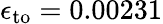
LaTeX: \epsilon_{\mathrm{to}}=0.00231